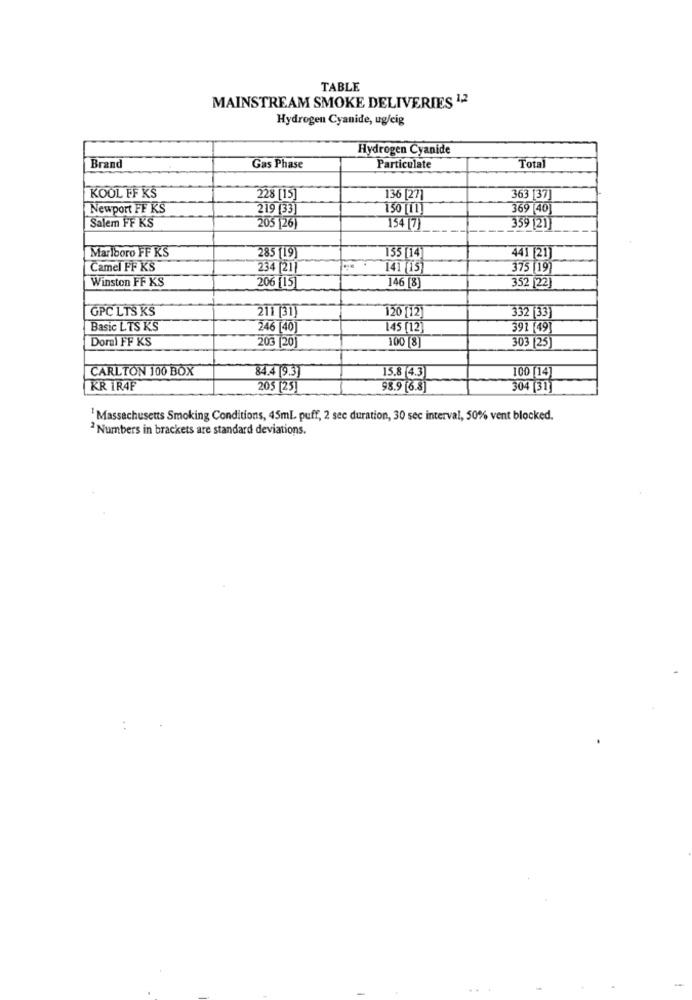
TABLE
MAINSTREAM SMOKE DELIVERIES 12
Hydrogen Cyanide, ug/cig
Hydrogen Cyanide
Brand
Gas Phase
Particulate
Total
KOOL FF KS
228 [15]
136 |27
363 [37]
Newport FF KS
219 [33
150 11
369 [40]
Salem FF KS
205 |26
154 [7]
359 [21
Marlboro FF KS
285 [19
135 [14
441 [21]
Camel FF KS
234 |21
141 [15
375 [19]
206 [15]
146 [8
Winston FF KS
352 [22]
GPC LTS KS
211 31
120 [12
332 [33
Basic LTS KS
246 [40]
145 [12
391 [49]
Doral FF KS
100 [8
203 /20
303 [25]
CARLTON 100 BOX
84.4 [9.3)
15.8 4.3
100 [14]
KR 1R4F
205 [23]
98.9 [6.8]
304 [31]
' Massachusetts Smoking Conditions, 45ml. puff, 2 see duration, 30 sec interval, 50% vent blocked.
2 Numbers in brackets are standard deviations.